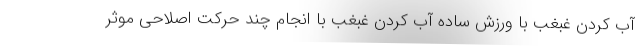
آب کردن غبغب با ورزش ساده آب کردن غبغب با انجام چند حرکت اصلاحی موثر